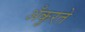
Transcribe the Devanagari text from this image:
अँकुरते